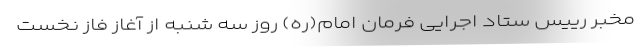
مخبر رییس ستاد اجرایی فرمان امام(ره) روز سه شنبه از آغاز فاز نخست